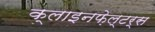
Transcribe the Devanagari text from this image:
क्लाइनफ़ेल्टर्स